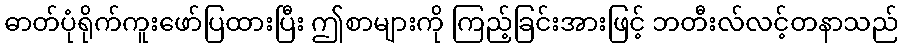
ဓာတ်ပုံရိုက်ကူးဖော်ပြထားပြီး ဤစာများကို ကြည့်ခြင်းအားဖြင့် ဘတီးလ်လင့်တနာသည်